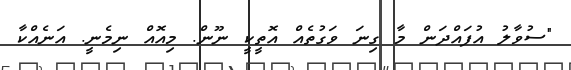
"ސުވާލު އުފައްދަން މާ ގިނަ ވަގުތެއް އޮތީކީ ނޫން. މިއޮއް ނިމެނީ. އަނެއްކާ